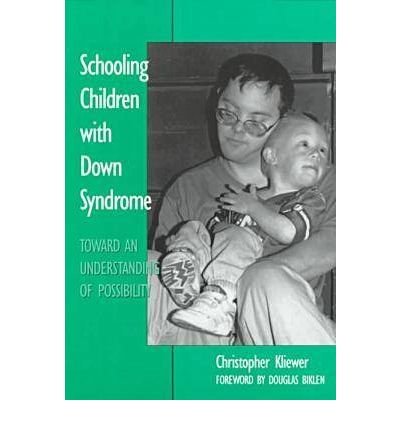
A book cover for By Christopher Kliewer Schooling Children With Down Syndrome: Toward an Understanding of Possibility (Special Education Ser; Health, Fitness & Dieting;